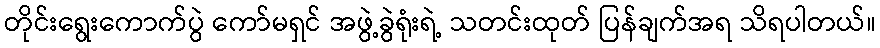
တိုင်းရွေးကောက်ပွဲ ကော်မရှင် အဖွဲ့ခွဲရုံးရဲ့ သတင်းထုတ် ပြန်ချက်အရ သိရပါတယ်။